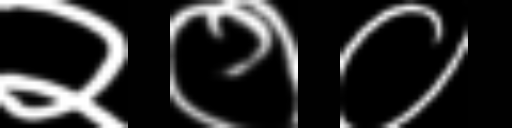
Text: २००